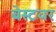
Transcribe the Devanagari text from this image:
बेस्टवर